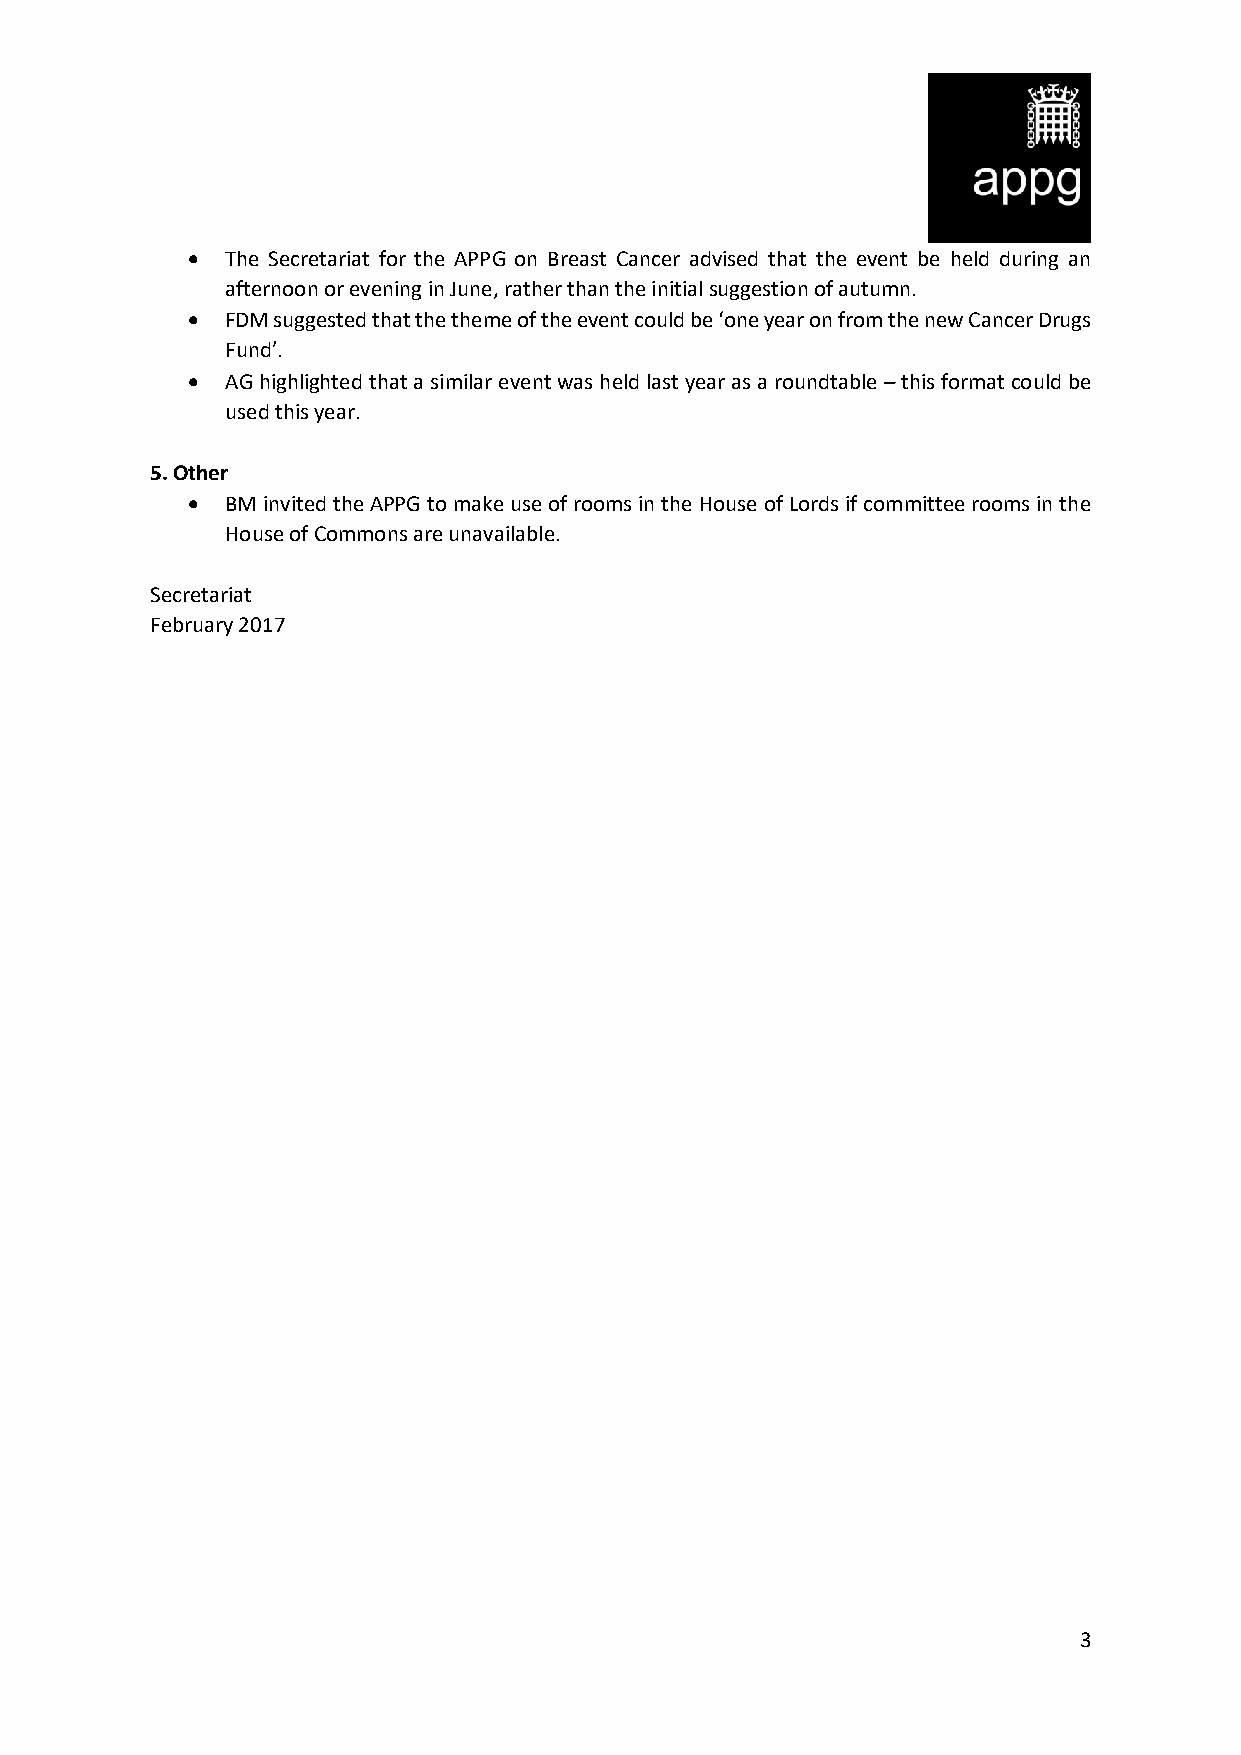
•  The Secretariat for the APPG on Breast Cancer advised that the event be held during an
 afternoon or evening in June, rather than the initial suggestion of autumn.
 •  FDM suggested that the theme of the event could be ‘one year on from the new Cancer Drugs
 Fund’.
 •  AG highlighted that a similar event was held last year as a roundtable – this format could be
 used this year.
 5. Other
 •  BM invited the APPG to make use of rooms in the House of Lords if committee rooms in the
 House of Commons are unavailable.
 Secretariat
 February 2017
 3